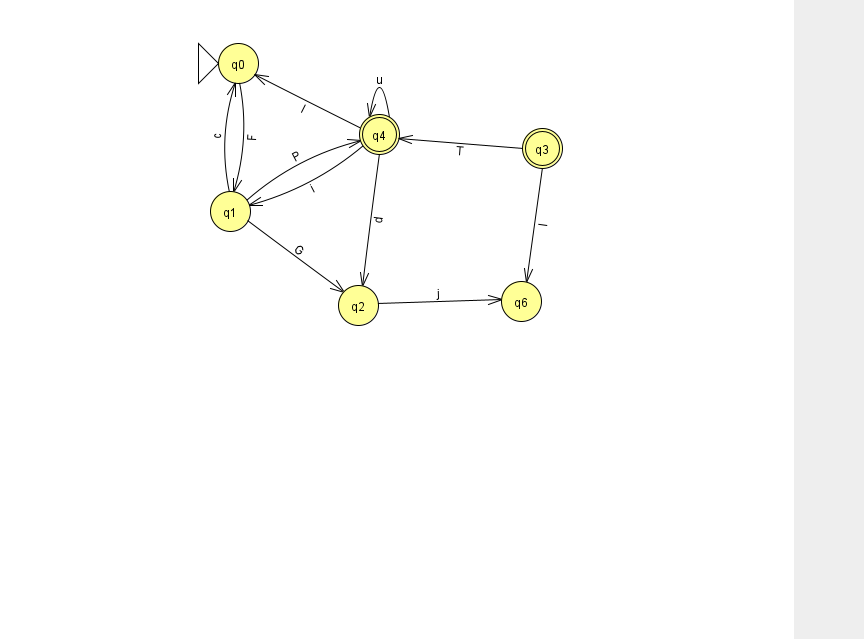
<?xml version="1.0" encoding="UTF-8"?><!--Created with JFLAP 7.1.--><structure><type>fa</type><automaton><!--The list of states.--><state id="0" name="q0"><x>238.0</x><y>50.0</y><initial/></state><state id="1" name="q1"><x>230.0</x><y>198.0</y></state><state id="2" name="q2"><x>358.0</x><y>292.0</y></state><state id="3" name="q3"><x>542.0</x><y>135.0</y><final/></state><state id="4" name="q4"><x>379.0</x><y>121.0</y><final/></state><state id="6" name="q6"><x>521.0</x><y>288.0</y></state><!--The list of transitions.--><transition><from>1</from><to>4</to><read>P</read></transition><transition><from>2</from><to>6</to><read>j</read></transition><transition><from>3</from><to>4</to><read>T</read></transition><transition><from>3</from><to>6</to><read>l</read></transition><transition><from>4</from><to>2</to><read>d</read></transition><transition><from>4</from><to>0</to><read>l</read></transition><transition><from>4</from><to>4</to><read>u</read></transition><transition><from>1</from><to>2</to><read>G</read></transition><transition><from>4</from><to>1</to><read>i</read></transition><transition><from>1</from><to>0</to><read>c</read></transition><transition><from>0</from><to>1</to><read>F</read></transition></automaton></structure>